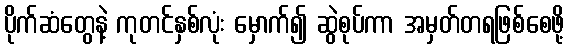
ပိုက်ဆံတွေနဲ့ ကုတင်နှစ်လုံး မှောက်၍ ဆွဲစုပ်ကာ အမှတ်တရဖြစ်စေဖို့